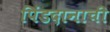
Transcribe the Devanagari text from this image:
पिंडदानाची